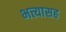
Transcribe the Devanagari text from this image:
भत्त्यासह